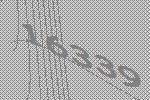
16339